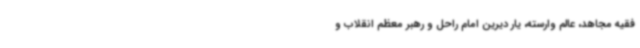
فقیه مجاهد، عالم وارسته، یار دیرین امام راحل و رهبر معظم انقلاب و